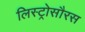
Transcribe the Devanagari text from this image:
लिस्ट्रोसौरस